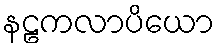
နဠကလာပိယော